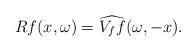
LaTeX: \begin{align*}R f(x, \omega) = \widehat{V_f f}(\omega, -x).\end{align*}